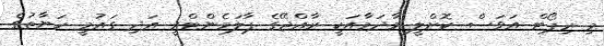
މި ރިޕޯޓް އަވަސް ކޮށްލީ މާދަމާއަކީ ރާއްޖޭގެ ޕާލަމެންޓްރީ އަދި ގައުމީ ހަޔާތުގެ